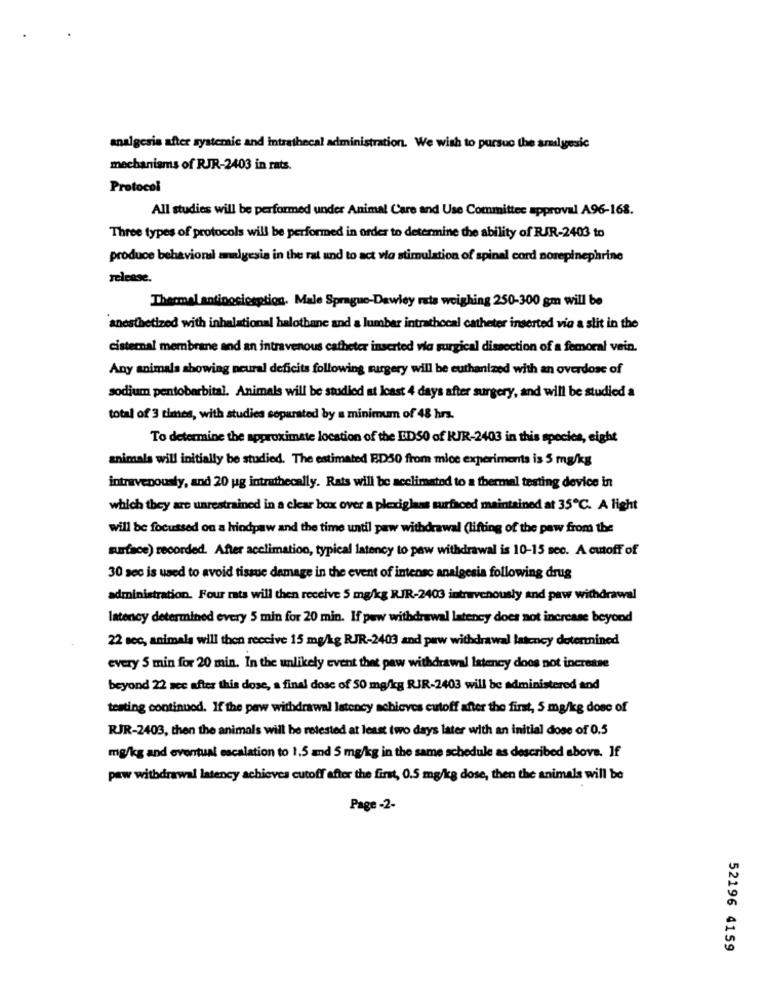
analgesia after systemic and intrathecal administration. We wish to pursue the amilgesic
mechanisms of RJR-2403 in rats.
Protocol
All studies will be performed under Animal Care and Use Committee approval A96-168.
Three types of protocols will be performed in order to determine the ability of RJR-2403 to
produce behavioral analgesia in the rat und to act via stimulation of spinal cord norepinephrine
release.
Thermal antinociception. Male Sprague-Dewiey ruts weighing 250-300 gm will be
anesthetized with inhalational halothane and a lumbar intrathocal catheter inserted via a slit in the
cisternal membrane and an intravenous catheter inserted via surgical dissection of a femoral vein.
Any animals showing neural deficits following surgery will be euthanized with an overdose of
sodium pentobarbital. Animals will be studied at least 4 days after surgery, and will be studied a
total of 3 times, with studies separated by a minimum of 48 hrs.
To determine the approximate location of the ED50 of KJR-2403 in this species, eight
animals will initially be studied. The estimated BD50 from mice experiments is 5 mg/kg
intravenously, and 20 ug intrathecally. Rats will be acclimated to a thermal testing device in
which they are unrestrained in a clear box over a plexiglass surfaced maintained at 35℃. A light
will be focussed on a hindpaw and the time until paw withdrawal (lifting of the paw from the
surface) recorded. After acclimation, typical latency to paw withdrawal is 10-15 sec. A cutoff of
30 sec is used to avoid tissue damage in the event of intense analgesia following drug
administration. Four rats will then receive 5 mg/kg RJR-2403 intravenously and paw withdrawal
latency determined every 5 min for 20 min. If pew withdrawal latency does not increase beyond
22 sec, animals will then receive 15 mg/kg RJR-2403 and paw withdrawal latency detennined
every 5 min for 20 min. In the unlikely event that paw withdrawal latency does not increase
beyond 22 see after this dose, a final dose of 50 mg/kg RJR-2403 will be administered and
testing continued. If the paw withdrawal latency achieves cutoff after the first, 5 mg/kg dose of
RJR-2403, then the animals will be retested at least two days later with an initial dose of 0.5
mg/kg and eventual escalation to 1.5 and 5 mg/kg in the same schedule as described above. If
paw withdrawal latency achievea cutoff after the first, 0.5 mg/kg dose, then the animals will be
Page -2-
52196 4159